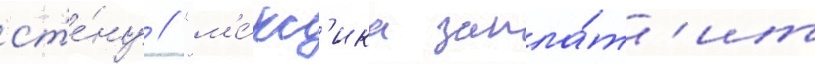
ст'е́ну // "м'е́кс'ика запла́т'ит